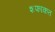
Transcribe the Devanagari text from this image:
शफाकत